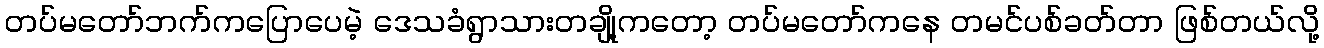
တပ်မတော်ဘက်ကပြောပေမဲ့ ဒေသခံရွာသားတချို့ကတော့ တပ်မတော်ကနေ တမင်ပစ်ခတ်တာ ဖြစ်တယ်လို့